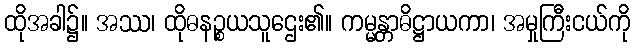
ထိုအခါ၌။ အဿ၊ ထိုဓနဉ္စယသူဌေး၏။ ကမ္မန္တာဓိဋ္ဌာယကာ၊ အမှုကြီးငယ်ကို